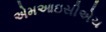
એમઆઇસીએચ